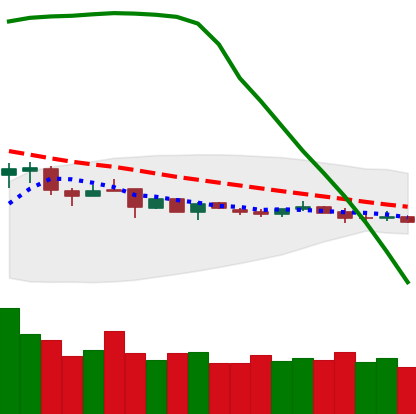
Ticker: DOGE-USD
Chart end date: 2019-01-07
Forward return: -5.996%
Label: down_5_7